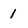
Character: 1